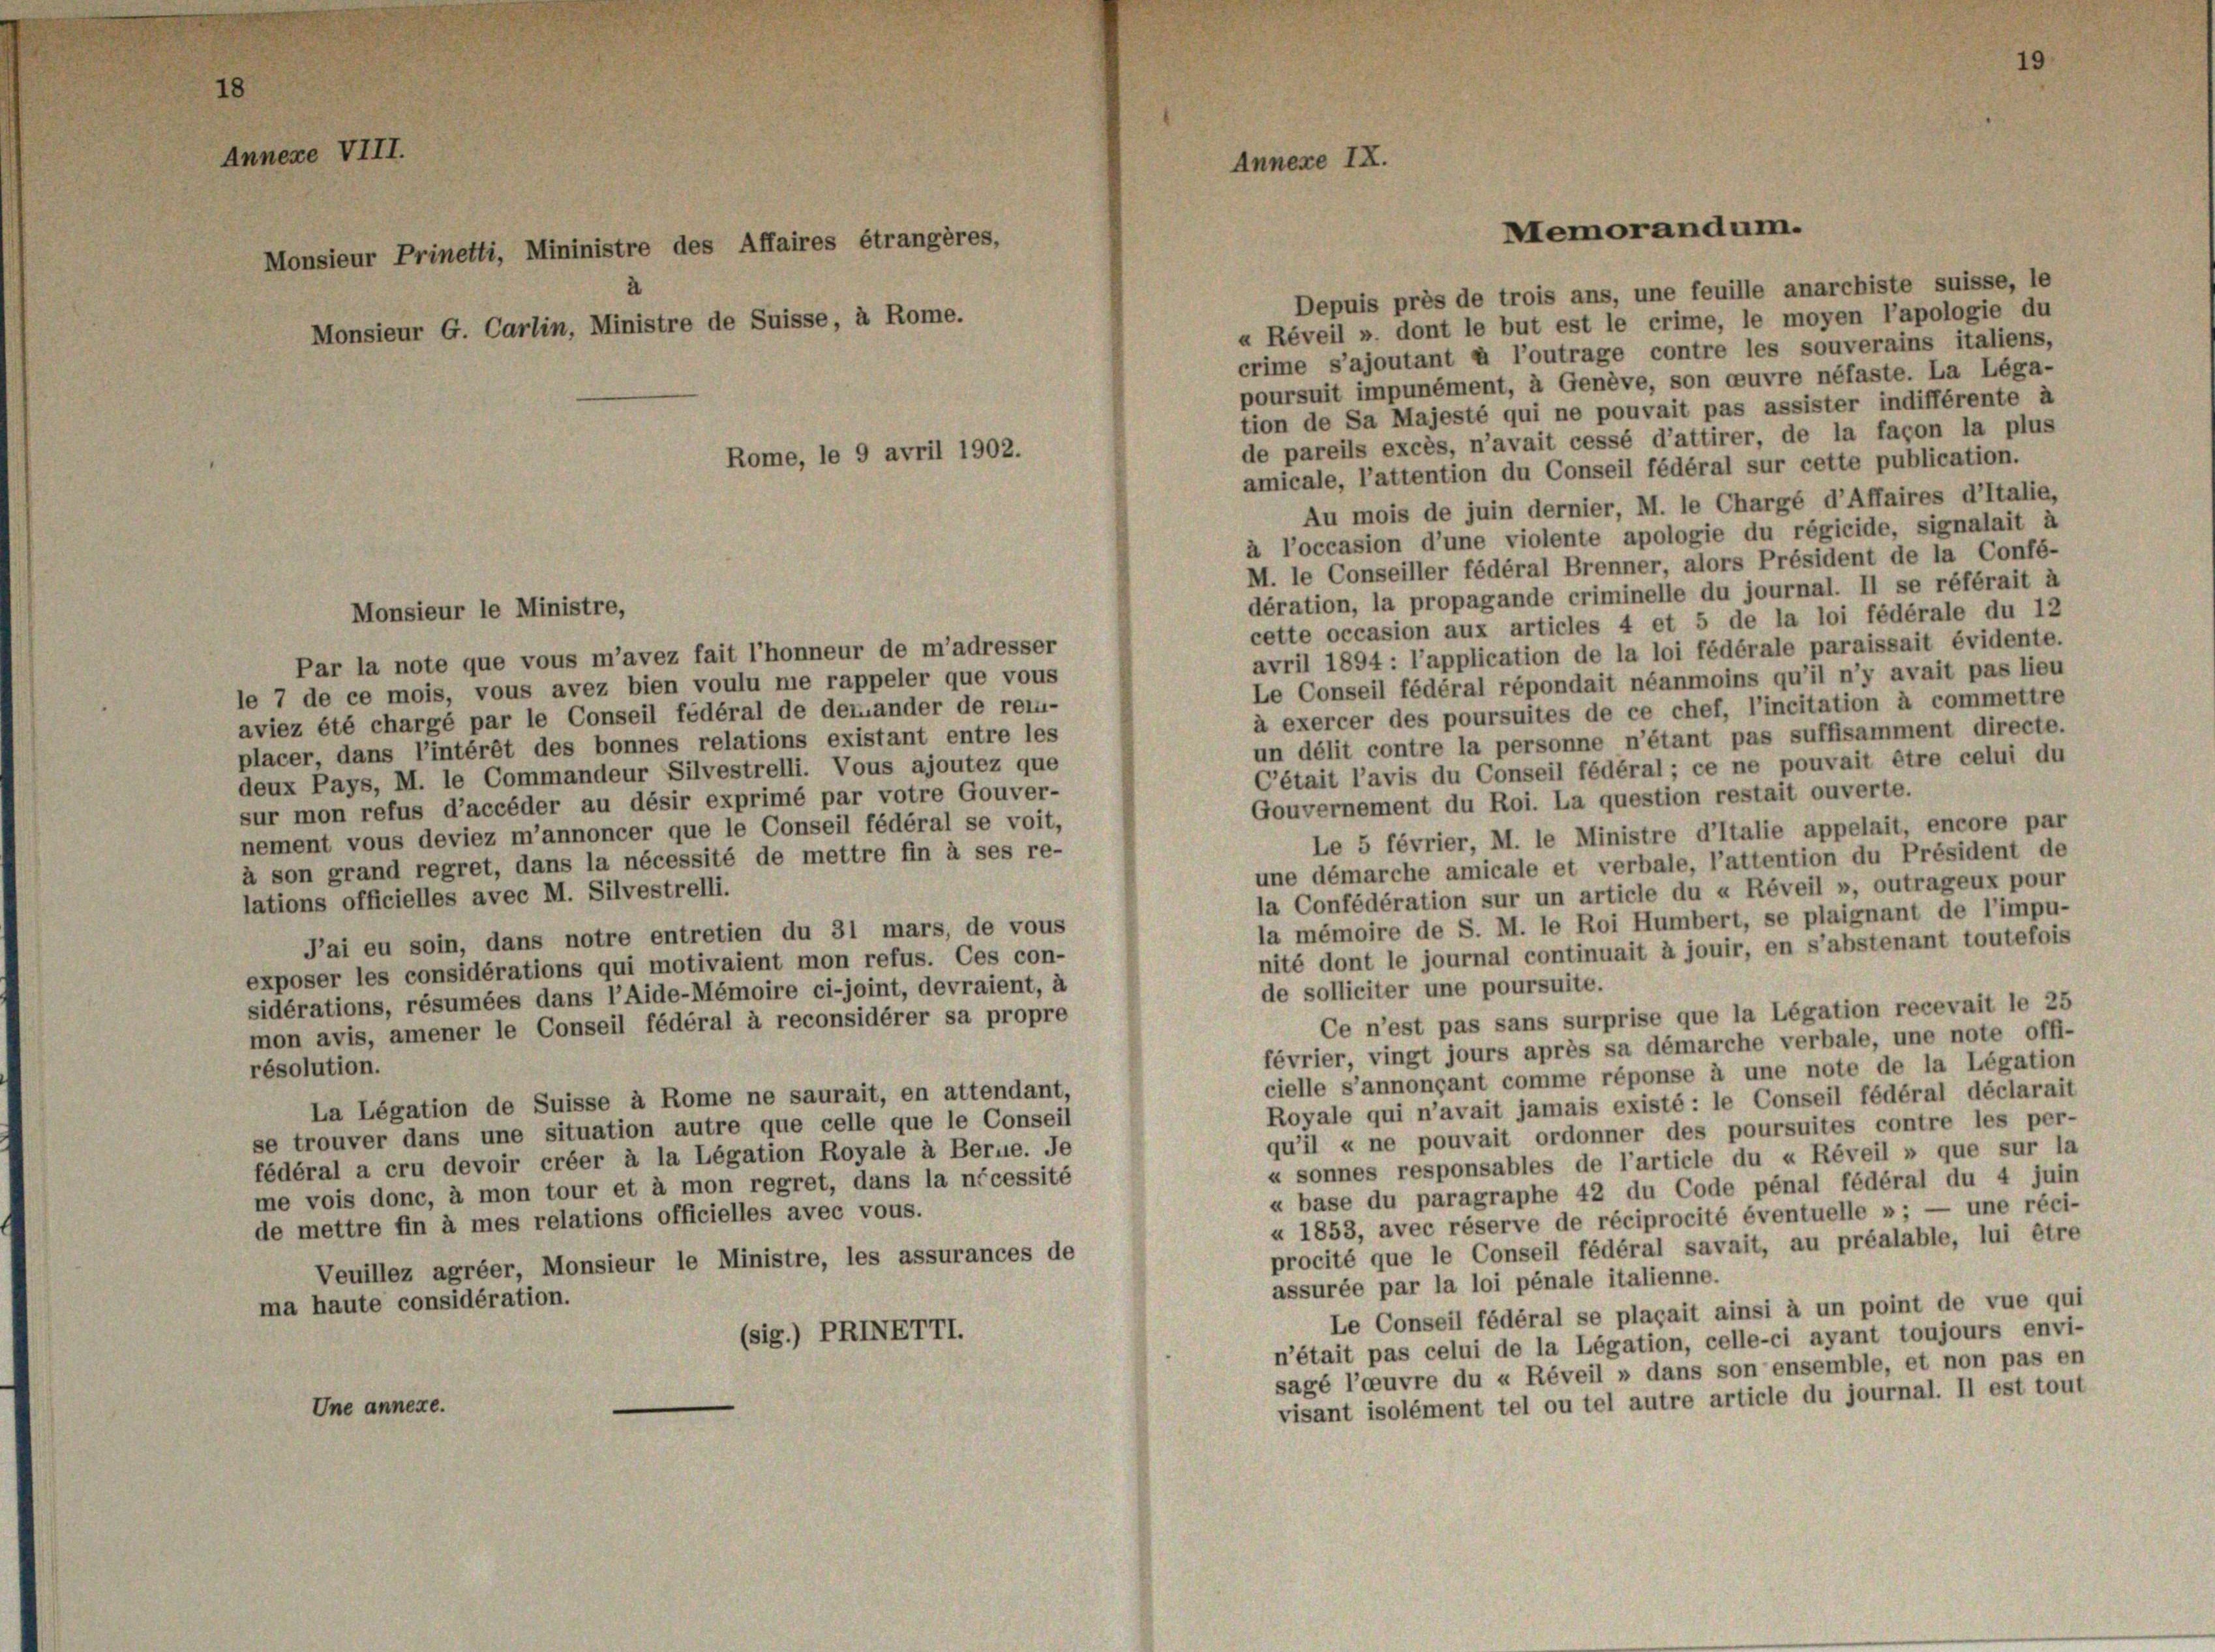
18

Annexe VIII.

Depuis près de trois ans, une feuille anarchiste suisse, le
a Réveil ». dont le but est le crime, le moyen l’apologie du
crime s’ajoutant à l’outrage contre les souverains italiens,
poursuit impunément, à Genève, son couvre néfaste. La Léga-
tion de Sa Majesté qui ne pouvait pas assister indifférente à
de pareils excès, n’avait cessé d’attirer, de la façon la plus
amicale, l’attention du Conseil fédéral sur cette publication.
Au mois de juin dernier, M. le Chargé d’Affaires d’Italie,
à l’occasion d’une violente apologie du régicide, signalait à
M. le Conseiller fédéral Brenner, alors Président de la Confé-
dération, la propagande criminelle du journal. II se référait à
cette occasion aux articles 4 et 5 de la loi fédérale du 12
avril 1894 : l’application de la loi fédérale paraissait évidente.
Par la note que vous m’avez fait l’honneur de m’adresser
Le Conseil fédéral répondait néanmoins qu’il n’y avait pas lieu
le 7 de ce mois, vous avez bien voulu me rappeler que vous
à exercer des poursuites de ce chef, l’incitation à commettre
aviez été chargé par le Conseil fédéral de demander de rei-
un délit contre la personne n’étant pas suffisamment directe.
placer, dans l’intérêt des bonnes relations existant entre les
C’était l’avis du Conseil fédéral; ce ne pouvait être celui du
deux Pays, M. le Commandeur Silvestrelli. Vous ajoutez que
Gouvernement du Roi. La question restait ouverte.
sur mon refus d’accéder au désir exprimé par votre Gouver-
nement vous deviez m’annoncer que le Conseil fédéral se voit,
Le 5 février, M. le Ministre d’Italie appelait, encore par
à son grand regret, dans la nécessité de mettre fin à ses re-
une démarche amicale et verbale, l’attention du Président de
la Confédération sur un article du « Réveil », outrageux pour
lations officielles avec M. Silvestrelli.
la mémoire de S. M. le Roi Humbert, se plaignant de l’impu-
Pai eu soin, dans notre entretien du 31 mars, de vous
nité dont le journal continuait à jouir, en s’abstenant toutefois
exposer les considérations qui motivaient mon refus. Ces con-
de solliciter une poursuite.
sidérations, résumées dans l’Aide-Mémoire ci-joint, devraient, à
Ce n’est pas sans surprise que la Légation recevait le 25
mon avis, amener le Conseil fédéral à reconsidérer sa propre
février, vingt jours après sa démarche verbale, une note offi-
résolution.
cielle s’annonçant comme réponse à une note de la Légation
La Légation de Suisse à Rome ne saurait, en attendant,
Royale qui n’avait jamais existé: le Conseil fédéral déclarait
se trouver dans une situation autre que celle que le Conseil
qu’il « ne pouvait ordonner des poursuites contre les per-
fédéral a cru devoir créer à la Légation Royale à Berue. Je
« sonnes responsables de l’article du « Réveil » que sur la
me vois donc, à mon tour et à mon regret, dans la nécessité
« base du paragraphe 42 du Code pénal fédéral du 4 juin
u 1853, avec réserve de réciprocité éventuelle »; — une réci-
de mettre fin à mes relations officielles avec vous.
procité que le Conseil fédéral savait, au préalable, lui être
Veuillez agréer, Monsieur le Ministre, les assurances de
assurée par la loi pénale italienne.
ma haute considération.
Le Conseil fédéral se plaçait ainsi à un point de vue qui
(sig.) PRINETTI.
n’était pas celui de la Légation, celle-ci ayant toujours envi-
sagé l’oeuvre du u Réveil » dans son ensemble, et non pas en
visant isolément tel ou tel autre article du journal. II est tout
Une annexe.

Monsieur G. Carlin, Ministre de Suisse, à Rome.

Monsieur Prinetti, Mininistre des Affaires étrangères,

Monsieur le Ministre,

Rome, le 9 avril 1902.

Annexe IX.

Memorandum.

19